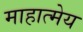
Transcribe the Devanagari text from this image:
माहात्मेय